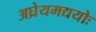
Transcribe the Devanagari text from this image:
अघ्रेयमद्ययोः